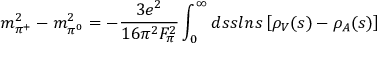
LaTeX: m _ { \pi ^ { + } } ^ { 2 } - m _ { \pi ^ { 0 } } ^ { 2 } = - { \frac { 3 e ^ { 2 } } { 1 6 \pi ^ { 2 } F _ { \pi } ^ { 2 } } } \int _ { 0 } ^ { \infty } d s s l n s \left[ \rho _ { V } ( s ) - \rho _ { A } ( s ) \right]